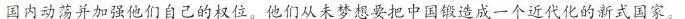
国内动荡并加强他们自己的权位。他们从未梦想要把中国锻造成一个近代化的新式国家。